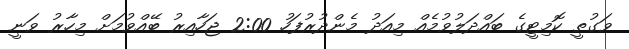
ވަގުތީ ކޮމިޓީގެ ބައްދަލުވުމެއް މިއަދު މެންދުރުފަހު 2:00 ޖަހާއިރު ބޭއްވުމަށް މިހާރު ވަނީ